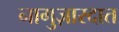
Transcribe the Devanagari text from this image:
नागुज़ारदात